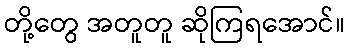
တို့တွေ အတူတူ ဆိုကြရအောင်။